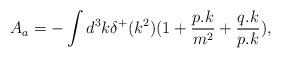
LaTeX: \begin{align*}A_a=-\int d^3k\delta ^+(k^2)(1+{p.k\over m^2}+{q.k\over p.k}),\end{align*}